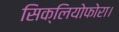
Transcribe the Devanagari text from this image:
सिक्लियोफोरा।